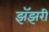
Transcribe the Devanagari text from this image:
झॅझरी